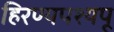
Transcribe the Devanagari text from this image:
हिरण्यपश्यपू